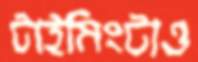
টাইমিংটাও